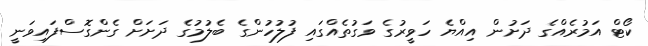
ކޯޓް އަމުރެއްގެ ދަށުން އިއްޔެ ހަވީރުގެ ވަގުތެއްގައި ފުލުހުންގެ ބެލުމުގެ ދަށަށް ގެންގޮސްފައިވަނީ